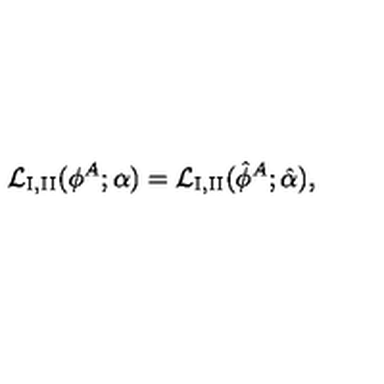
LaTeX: { \cal L } _ { \mathrm { I , I I } } ( \phi ^ { A } ; \alpha ) = { \cal L } _ { \mathrm { I , I I } } ( \hat { \phi } ^ { A } ; \hat { \alpha } ) ,